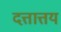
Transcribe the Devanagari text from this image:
दत्तात्तय